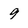
Character: 9